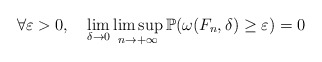
\begin{align*}\forall\varepsilon>0,\ \ \ \lim_{\delta\rightarrow 0}\limsup_{n\rightarrow +\infty}\mathbb P(\omega(F_n,\delta)\ge\varepsilon)=0\end{align*}